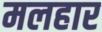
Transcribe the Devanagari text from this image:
मलहार